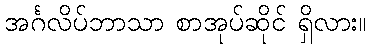
အင်္ဂလိပ်ဘာသာ စာအုပ်ဆိုင် ရှိလား။